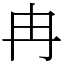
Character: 冉